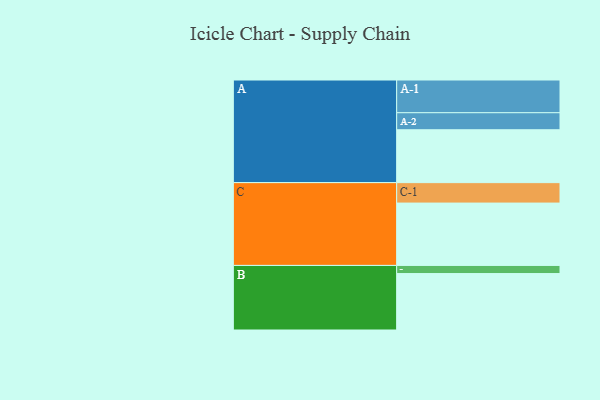
{"axis": {"x": "Segment", "y": "Value"}, "legend": ["", "A", "B", "C"], "data": [{"x": "A", "y": 357, "type": ""}, {"x": "B", "y": 381, "type": ""}, {"x": "C", "y": 421, "type": ""}, {"x": "A-1", "y": 221, "type": "A"}, {"x": "A-2", "y": 115, "type": "A"}, {"x": "B-1", "y": 55, "type": "B"}, {"x": "C-1", "y": 138, "type": "C"}]}